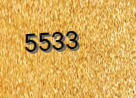
5533